Annual report of the Imperial Bacteriologist
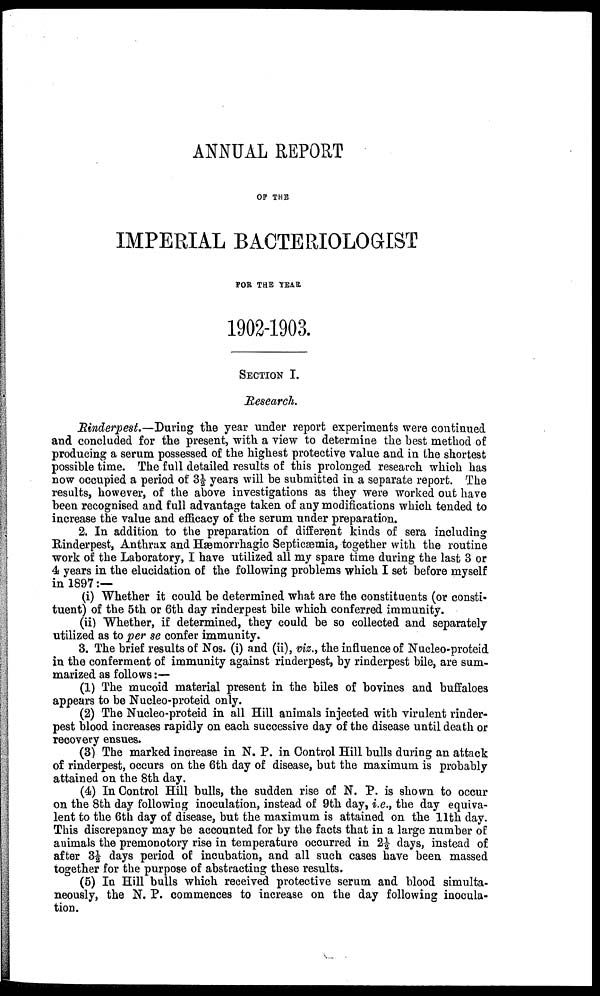
ANNUAL REPORT
OF THE
IMPERIAL BACTERIOLOGIST
FOR THE YEAR
1902-1903.
SECTION I.
Research.
Rinderpest.—During the year under report experiments were continued
and concluded for the present, with a view to determine the best method of
producing a serum possessed of the highest protective value and in the shortest
possible time. The full detailed results of this prolonged research which has
now occupied a period of 3½ years will be submitted in a separate report. The
results, however, of the above investigations as they were worked out have
been recognised and full advantage taken of any modifications which tended to
increase the value and efficacy of the serum under preparation.
2. In addition to the preparation of different kinds of sera including
Rinderpest, Anthrax and Hæmorrhagic Septicæmia, together with the routine
work of the Laboratory, I have utilized all my spare time during the last 3 or
4 years in the elucidation of the following problems which I set before myself
in 1897 :—
(i) Whether it could be determined what are the constituents (or consti-
tuent) of the 5th or 6th day rinderpest bile which conferred immunity.
(ii) Whether, if determined, they could be so collected and separately
utilized as to per se confer immunity.
3. The brief results of Nos. (i) and (ii), viz., the influence of Nucleo-proteid
in the conferment of immunity against rinderpest, by rinderpest bile, are sum-
marized as follows :—
(1) The mucoid material present in the biles of bovines and buffaloes
appears to be Nucleo-proteid only.
(2) The Nucleo-proteid in all Hill animals injected with virulent rinder-
pest blood increases rapidly on each successive day of the disease until death or
recovery ensues.
(3) The marked increase in N. P. in Control Hill bulls during an attack
of rinderpest, occurs on the 6th day of disease, but the maximum is probably
attained on the 8th day.
(4) In Control Hill bulls, the sudden rise of N. P. is shown to occur
on the 8th day following inoculation, instead of 9th day, i.e., the day equiva-
lent to the 6th day of disease, but the maximum is attained on the 11th day.
This discrepancy may be accounted for by the facts that in a large number of
animals the premonotory rise in temperature occurred in 2½ days, instead of
after 3½ days period of incubation, and all such cases have been massed
together for the purpose of abstracting these results.
(5) In Hill bulls which received protective serum and blood simulta-
neously, the N. P. commences to increase on the day following inocula-
tion.